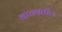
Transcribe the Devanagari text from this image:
वाचवतील